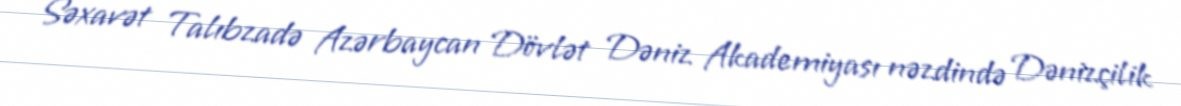
Səxavət Talıbzadə Azərbaycan Dövlət Dəniz Akademiyası nəzdində Dənizçilik